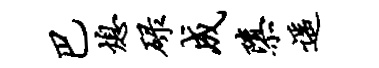
巴熄碌成隳遥